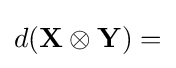
d(\mathbf {X} \otimes \mathbf {Y} )=